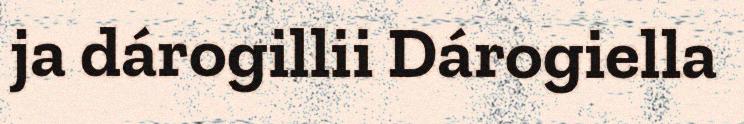
ja dárogillii Dárogiella